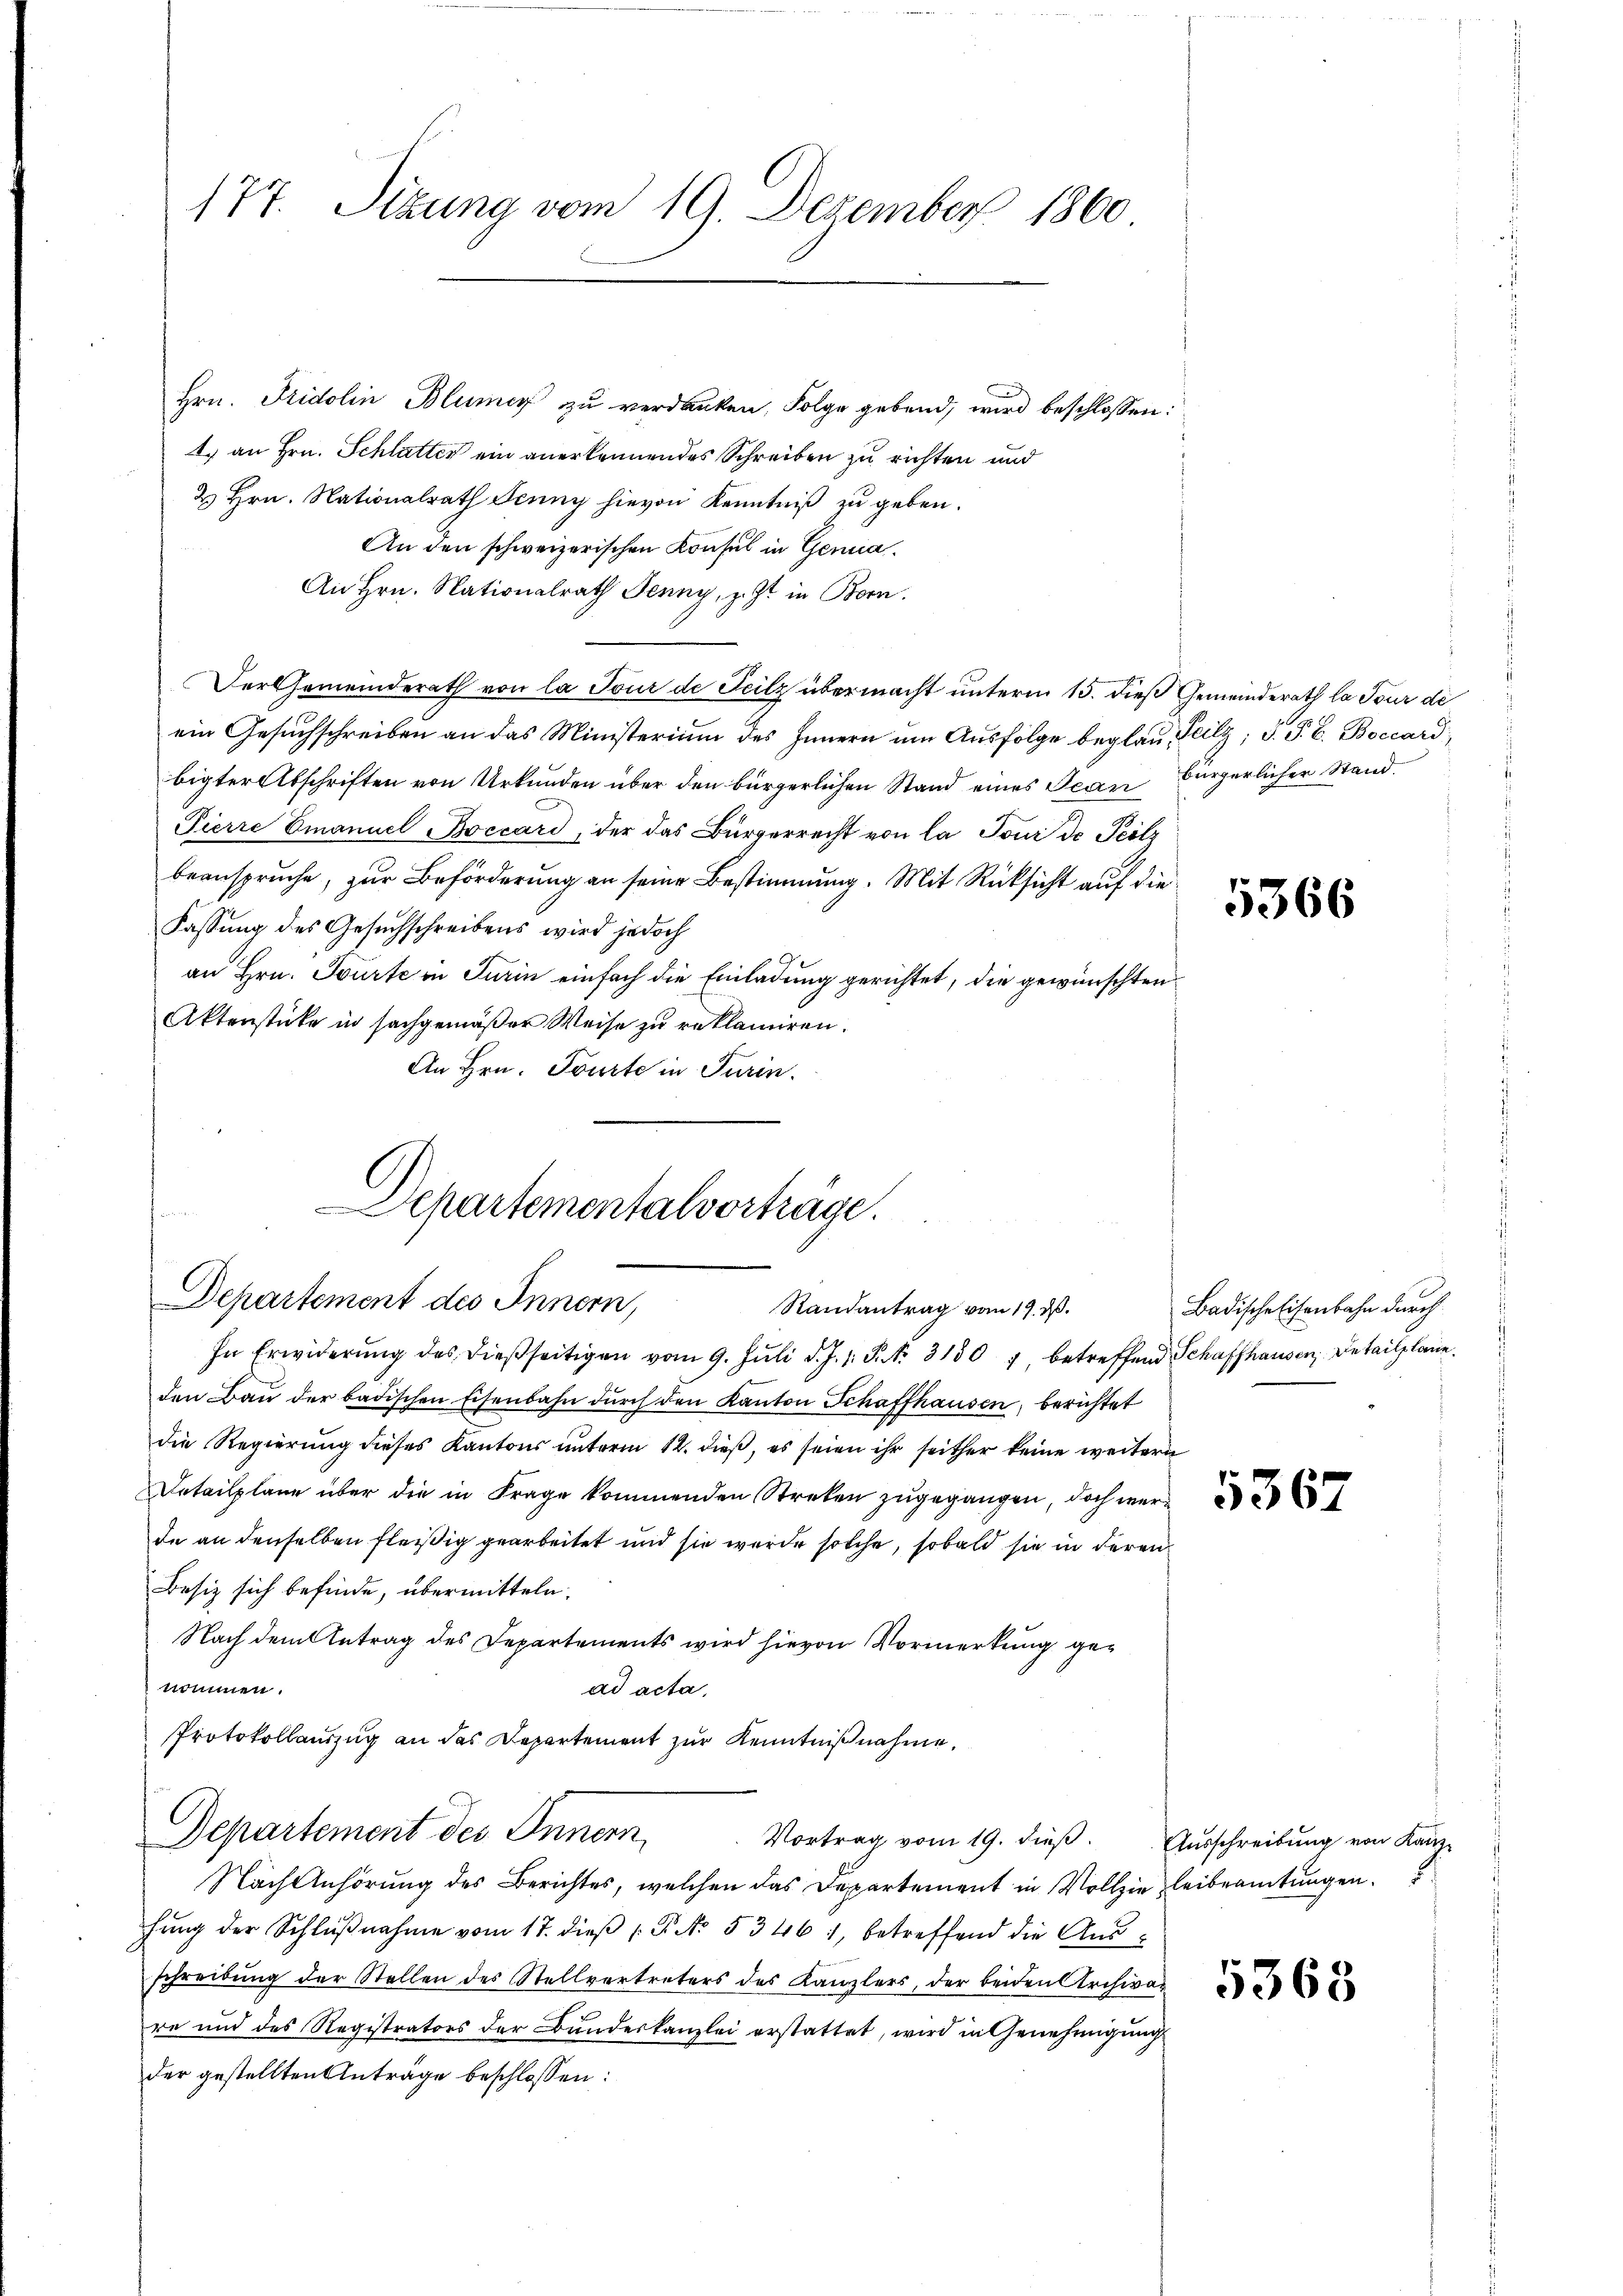
177. Sizung vom 19. Dezember 1860

Hrn. Fridolin Blumer zu verdanken, Folge gebend, wird beschlossen:
4.) an Hrn. Schlatter ein anerkennendes Schreiben zu richten und
2 Hrn. Nationalrath Jenny hievon Kenntniß zu geben.
An den schweizerischen Konsul in Genia¬
An Hrn. Nationalrath Jenny, z. Zt. in Bern.
Der Gemeinderath von la Tour de Teilz übermacht unterm 15. dieß Gemeinderath la Tour de
ein Gesuchschreiben an das Ministerium des Innern um Ausfolge beglau Teilz; d. P. C. Boccard,
bigter Abschriften von Urkunden über den bürgerlichen Stand eines Jean Bürgerlicher Stand
Pierre Emanuel Boccard, der das Bürgerrecht von la Tour de Teilz
beanspruche, zur Beförderung an seine Bestimmung. Mit Rücksicht auf die
Fassung des Gesuchschreibens wird jedoch
an Hrn. Tourte in Turin einfach die Einladung gerichtet, die gewünschten
Aktenstücke in sachgemäßer Weise zu reklamiren.
An Hrn. Tourte in Turin.

Departementalvorträge.
t
Departement des Innern,
Randantrag vom 19. ds.

In Erwiderŭng des dießseitigen vom 9. Jŭli d. J. J. P. Nr. 31307 betreffend Schaffhausen, Detailpläne.
den Bau der badischen Eisenbahn durch den Kanton Schaffhausen, berichtet
die Regierung dieses Kantons unterm 12. dieß, es seien ihr seither keine weitere
Detailpläne über die in Frage kommenden Streken zugegangen, doch werde an denselben fleißig gearbeitet und sie wurde solche, sobald sie in deren
Besiz sich befinde, übermitteln.
Nach dem Antrag des Departements wird hievon Vormerkung genommen.
ad acta,
Protokollauszug an das Departement zur Kenntnißnahme,
Departement des Innern
Vortrag vom 19. dieß. Ausschreibung von Kanz¬
Nach Anhörung des Berichtes, welchen das Departement in Vollzie Leibeamtungen.
hung der Schlŭβnahme vom 17. dieß P. No. 5346, betreffend die Ausschreibung der Stellen des Stellvertreters des Kanzlers, der beiden Archivar
re und des Registrators der Bundeskanzlei erstattet, wird in Genehmigŭng
der gestellten Anträge beschlossen:

5366

Badische Eisenbahn durch

5367

5363